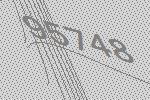
95748